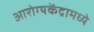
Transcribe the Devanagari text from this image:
आरोग्यकेंद्रामध्ये